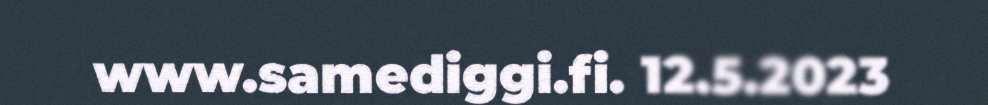
www.samediggi.fi. 12.5.2023